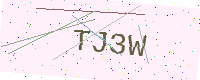
Text: TJ3W